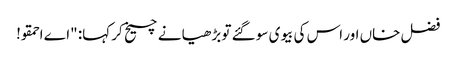
فضل خاں اور اس کی بیوی سو گئے تو بڑھیا نے چیخ کر کہا: "اے احمقو!